Sketch of the medical history of the native army of Bombay, for the year
Year: 1875
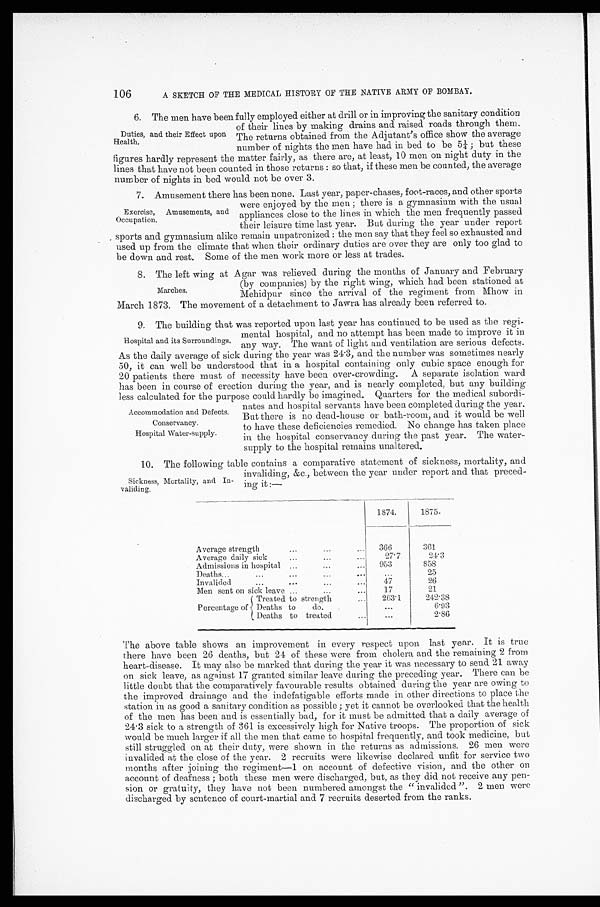
106
A SKETCH OF THE MEDICAL HISTORY OF THE NATIVE ARMY OF BOMBAY.
6. The men have been fully employed either at drill or in improving the sanitary condition
of their lines by making drains and raised roads through them.
The returns obtained from the Adjutant's office show the average
number of nights the men have had in bed to be 5 ; but these
figures hardly represent the matter fairly, as there are, at least, 10 men on night duty in the
lines that have not been counted in those returns : so that, if these men be counted, the average
number of nights in bed would not be over 3.
7. Amusement there has been none. Last year, paper-chases, foot-races, and other sports
were enjoyed by the men ; there is a gymnasium with the usual
appliances close to the lines in which the men frequently passed
their leisure time last year. But during the year under report
sports and gymnasium alike remain unpatronized : the men say that they feel so exhausted and
used up from the climate that when their ordinary duties are over they are only too glad to
be down and rest. Some of the men work more or less at trades.
8. The left wing at Agar was relieved during the months of January and February
(by companies) by the right wing, which had been stationed at
Mehidpur since the arrival of the regiment from Mhow in
March 1873. The movement of a detachment to Jawra has already been referred to.
9. The building that was reported upon last year has continued to be used as the regi-
Duties, and their Effect upon
Health.
Exercise, Amusements, and
Occupation.
Marches.
Hospital and its Surroundings. mental hospital, and no attempt has been made to improve it
any way. The want of light and ventilation are serious defects.
As the daily average of sick during the year was 243 , a n d t h e n u m b e r w a s s o m e t i m e s n e a r l y
50, it can well be understood that in a hospital containing only cubic space enough for
20 patients there must of necessity have been over-crowding. A separate isolation ward
has been in course of erection during the year, and is nearly completed, but any building
less calculated for the purpose could hardly be imagined. Quarters for the medical subordi-
Hates and hospital servants have been completed during the year.
But there is no dead-house or bath-room, and it would be well
to have these deficiencies remedied. No change has taken place
in the hospital conservancy during the past year. The water
- s u p p l y t o t h e h o s p i t a l r e m a i n s u n a l t e r e d .
10. The following table contains acomparative statement of sickness, mortality, and
S Sickness, Mortality, and In-
validing,
1874.
1875.
Average strength
...
. . .
. . .
3 6 6
361
Average daily sick
...
...
...
27.7
24.3
Admissions in hospital ...
. . .
. . . 953
858
Deaths...
...
...
...
. . .
. . . 25
invalided
...
...
...
. . . 47
26
Men sent on sick leave ...
...
...
17
21
Percentage of
Treated to strength
. . .
2 6 3 . 1 242. 38
Deaths to do.
. . . ...
6.93
Deaths to treated
...
...
2.86
The above table shows an improvement in every respect upon last year. It is true
there have been 26 deaths, but 24 of these were from cholera and the remaining 2 from
heart-disease. It may also be marked that during the year it was necessary to send 21 away
on sick leave, as against 17 granted similar leave during the preceding year. There can be
little doubt that the comparatively favourable results obtained during the year are owing to
the improved drainage and the indefatigable efforts made in other directions to place the
station in as good a sanitary condition as possible ; yet it cannot be overlooked that the health
of the men has been and is essentially bad, for it must be admitted that a daily average of
24. 3 sick to a strength of 361 is excessively high for Native troops. The proportion of sick
would be much larger if all the men that came to hospital frequently, and took medicine, but
still struggled on at their duty, were shown in the returns as admissions. 26 men were
invalided at the close of the year. 2 recruits were likewise declared unfit for service two
months after joining the regiment—1 on account of defective vision, and the other on
account of deafness ; both these men were discharged, but, as they did not receive any pen-
sion or gratuity, they have not been numbered amongst the " invalided ". 2 men were
discharged by sentence of court-martial and 7 recruits deserted from the ranks.
Accommodation and Defects.
Conservancy.
Hospital Water-supply.
invaliding, &c., between the year under report and that preced-
ing it :—